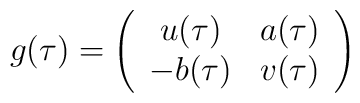
g(\tau) = \left(\begin{array}{cc}u(\tau) & a(\tau) \\-b(\tau) & v(\tau)\end{array}\right)